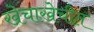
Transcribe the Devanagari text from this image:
खेचाखेचीत